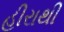
હીરાથી